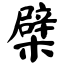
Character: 檗